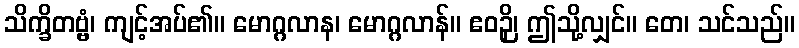
သိက္ခိတဗ္ဗံ၊ ကျင့်အပ်၏။ မောဂ္ဂလာန၊ မောဂ္ဂလာန်။ ဧဝဉှိ၊ ဤသို့လျှင်။ တေ၊ သင်သည်။